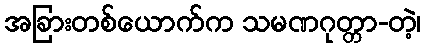
အခြားတစ်ယောက်က သမဏဂုတ္တာ-တဲ့၊